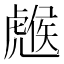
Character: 𧇹